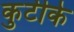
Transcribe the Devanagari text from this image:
कुटीके